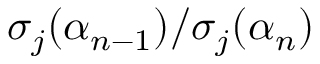
\sigma _ { j } ( \alpha _ { n - 1 } ) / \sigma _ { j } ( \alpha _ { n } )